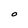
Character: O